Annual report on the mental hospital in the Central Provinces and Berar (Nagpur) - 1927-1951
Year: 1927
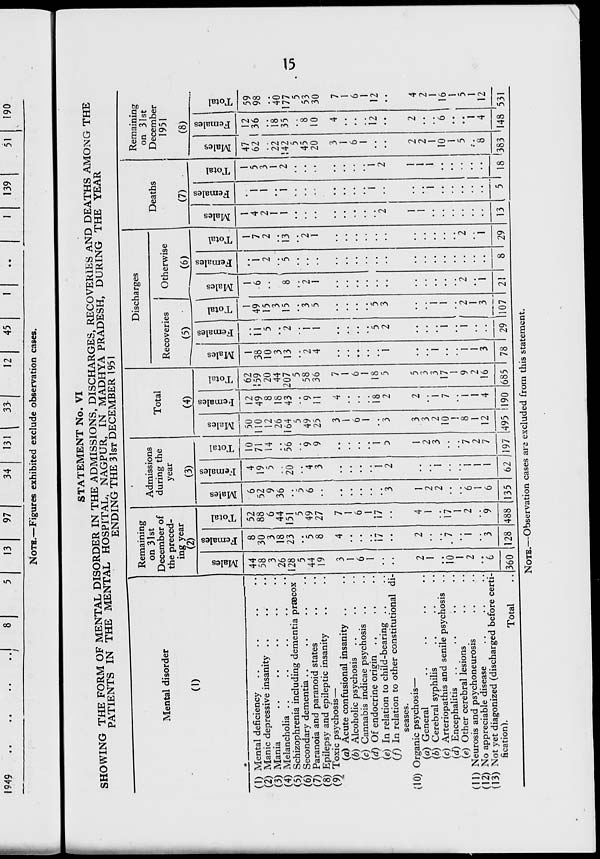
1949
8
13
97
34
131
33-
12
45
NOTE.—Figures exhibited exclude observation
139
51
!90
cases.
STATEMENT No. VI
SHOWING THE FORM OF MENTAL DISORDER IN THE ADMISSIONS, DISCHARGES, RECOVERIES AND DEATHS AMONG THE
°
PATIENTS IN THE MENTAL HOSPITAL, NAGPUR, IN MADHYA PRADESH, DURING THE YEAR
ENDING THE 3 1ST DECEMBER 1951
Mental disorder
(1)
(1) Mental deficiency
(2) Manic depressive insanity ..
(3) Mania
(4) Melancholia ..
(5) Schizophrenia including dementia praecox
(6) Secondary dementia
(7) Paranoia and paranoid states
Epilepsy and epileptic insanity
Toxic psychosis—
(a) Acute confusional insanity
Alcoholic psychosis
Cannabis indicae psychosis
Of endocrine origin ..
In relation to child-bearing
In relation to other constitutional di-
(8)
(9)
(c)
(d)
(e)
(/)
seases.
(10) Organic psychosis—
(a) General
(6) Cerebral syphilis
(c) Arteriopathis and senile psychosis
(d) Encephalitis ..
..
'..
(e) Other cerebral lesions
(11) Neurosis and psychoneurosis
(12) No appreciable disease
(13) Not yet diagonized (discharged before certi
fication).
Total
Remaining
on 31st
December of
the preced-
ing year
(2)
co
$
44
58
3
26
i28
5
44
19
3
1
6
2
1
10
I
2
co
JO
a
8
30
3
18
23
5
8
1/
. 7
i
(360 128
—
o
52
88
6
44
151
5
49
27
6
1
i7
7
1
2
Admissions
during the
year
(3)
CO
6
52
9
36
5
6
1
2
2
6
1
6
488 135
CO
£
4
19
5
20
4
3
C3
+■»
O
10
71
14
56
9
9
1
2
3
7
2
7
62 197
Total
(4)
CO
JO
*o3
50
110
12
26
164
5
49
25
3
1
6
1
3
3
2
10
1
8
1
12
495
CO
JO
e
12
49
8
18
43
9
11
18
2
I
7
1
4
190
co
O
62
159
20
44
207
5
58
36
7
1
6
1
18
5
5
3
3
17
1
9
2
16
685
Discharges
Recoveries
_ (5)
co
"3
1
38
10
3
13
2
4
1
3
78
Otherwise
— (6)
I
CO
JO
a
CD
11
5
o
CO
5
2
1
49
15
3
15
3
5
5
3
2
1
3
29 107
1
6
8
2
1
CO
"ea
a
Hi
2
5
ca
O
Deaths
(7)
CO
13
2
i
21
8
1
7
2
1*3
2
1
29
1
4
2
1
1
13
CO
<u
a CO
o
1
5
3
1
2
Remaining
on 31st
December
1951
(8)
co
<U
CO
a
■
5
t:
s
o
h
22
142
5
45
20
3
1
6
1
2
2
1
10
1
5
'o
18 (383
47
12
62 I 36
18
35
'o
10
12
1
4
59
98
40
177
5
53
30
7
1
6
1
12
4
2
1
16
1
5
1
12
148 531
vji
NOTE.—Observation cases are excluded from this statement.